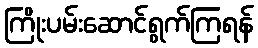
ကြိုးပမ်းဆောင်ရွက်ကြရန်